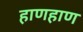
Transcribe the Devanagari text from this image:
हाणहाण